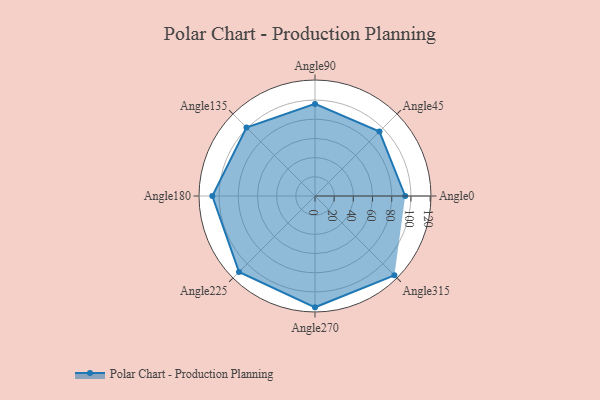
{"axis": {"x": "Angle", "y": "Radius"}, "legend": [""], "data": [{"x": "Angle0", "y": 94.0, "type": ""}, {"x": "Angle45", "y": 95.0, "type": ""}, {"x": "Angle90", "y": 96.0, "type": ""}, {"x": "Angle135", "y": 101.0, "type": ""}, {"x": "Angle180", "y": 107.0, "type": ""}, {"x": "Angle225", "y": 112.0, "type": ""}, {"x": "Angle270", "y": 116.0, "type": ""}, {"x": "Angle315", "y": 117.0, "type": ""}]}